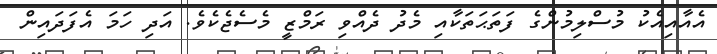
އެއާއިއެކު މުސްލިމުންގެ ފަތަޙަތަކާއި މެދު ދެއްވި ރަމްޒީ މެސެޖެކެވެ. އަދި ހަމަ އެފަދައިން